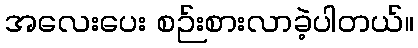
အလေးပေး စဉ်းစားလာခဲ့ပါတယ်။